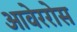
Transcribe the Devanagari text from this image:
आवेररोस